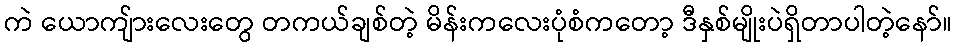
ကဲ ယောကျ်ားလေးတွေ တကယ်ချစ်တဲ့ မိန်းကလေးပုံစံကတော့ ဒီနှစ်မျိုးပဲရှိတာပါတဲ့နော်။